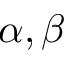
\alpha , \beta